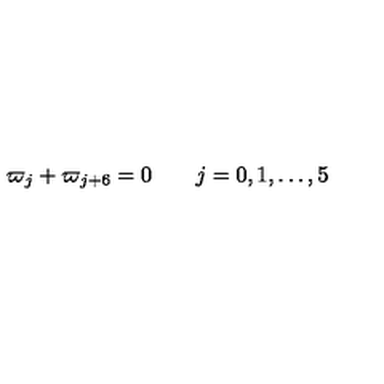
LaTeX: \varpi _ { j } + \varpi _ { j + 6 } = 0 \qquad j = 0 , 1 , \dots , 5